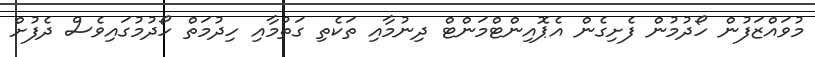
މުވައްޒަފުން ހޯދުމުން ފެށިގެން އެޕޮއިންޓްމަންޓް ދިނުމާއި ތަކެތި ގަތުމާއި ހިދުމަތް ހޯދުމުގައިވެސް ދެފުށް